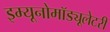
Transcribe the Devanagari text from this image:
इम्यूनोमॉड्यूलेटरी